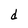
Character: d